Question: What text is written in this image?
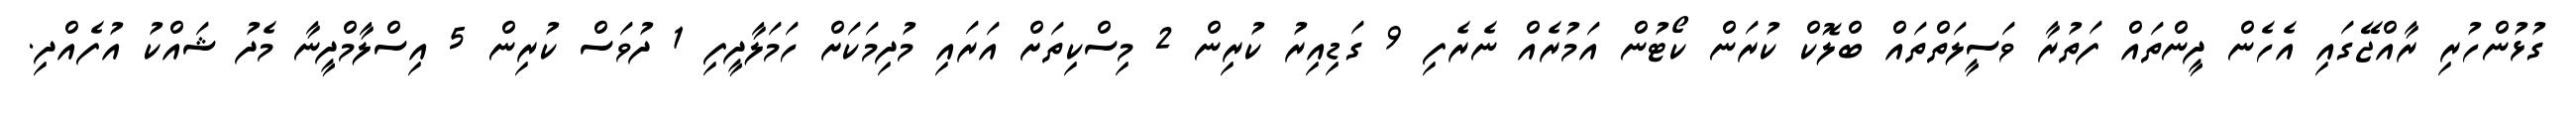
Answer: ގުޅުންހުރި ރާއްޖޭގައި އެހެން ދީންތައް ފަތުރާ ވަސީލަތްތައް ބްލޮކް ކުރަން ކޯޓުން އަމުރެއް ނެރެފި 9 ގަޑިއިރު ކުރިން 2 މިސްކިތަށް އަރައި މުދިމަކަށް ހަމަލާދީފި 1 ދުވަސް ކުރިން 5 އިސްލާމްދީނާ މެދު ޝައްކު އުފެއްދި.